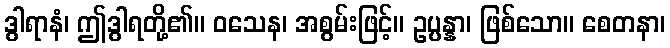
ဒွါရာနံ၊ ဤဒွါရတို့၏။ ဝသေန၊ အစွမ်းဖြင့်။ ဥပ္ပန္နာ၊ ဖြစ်သော။ စေတနာ၊